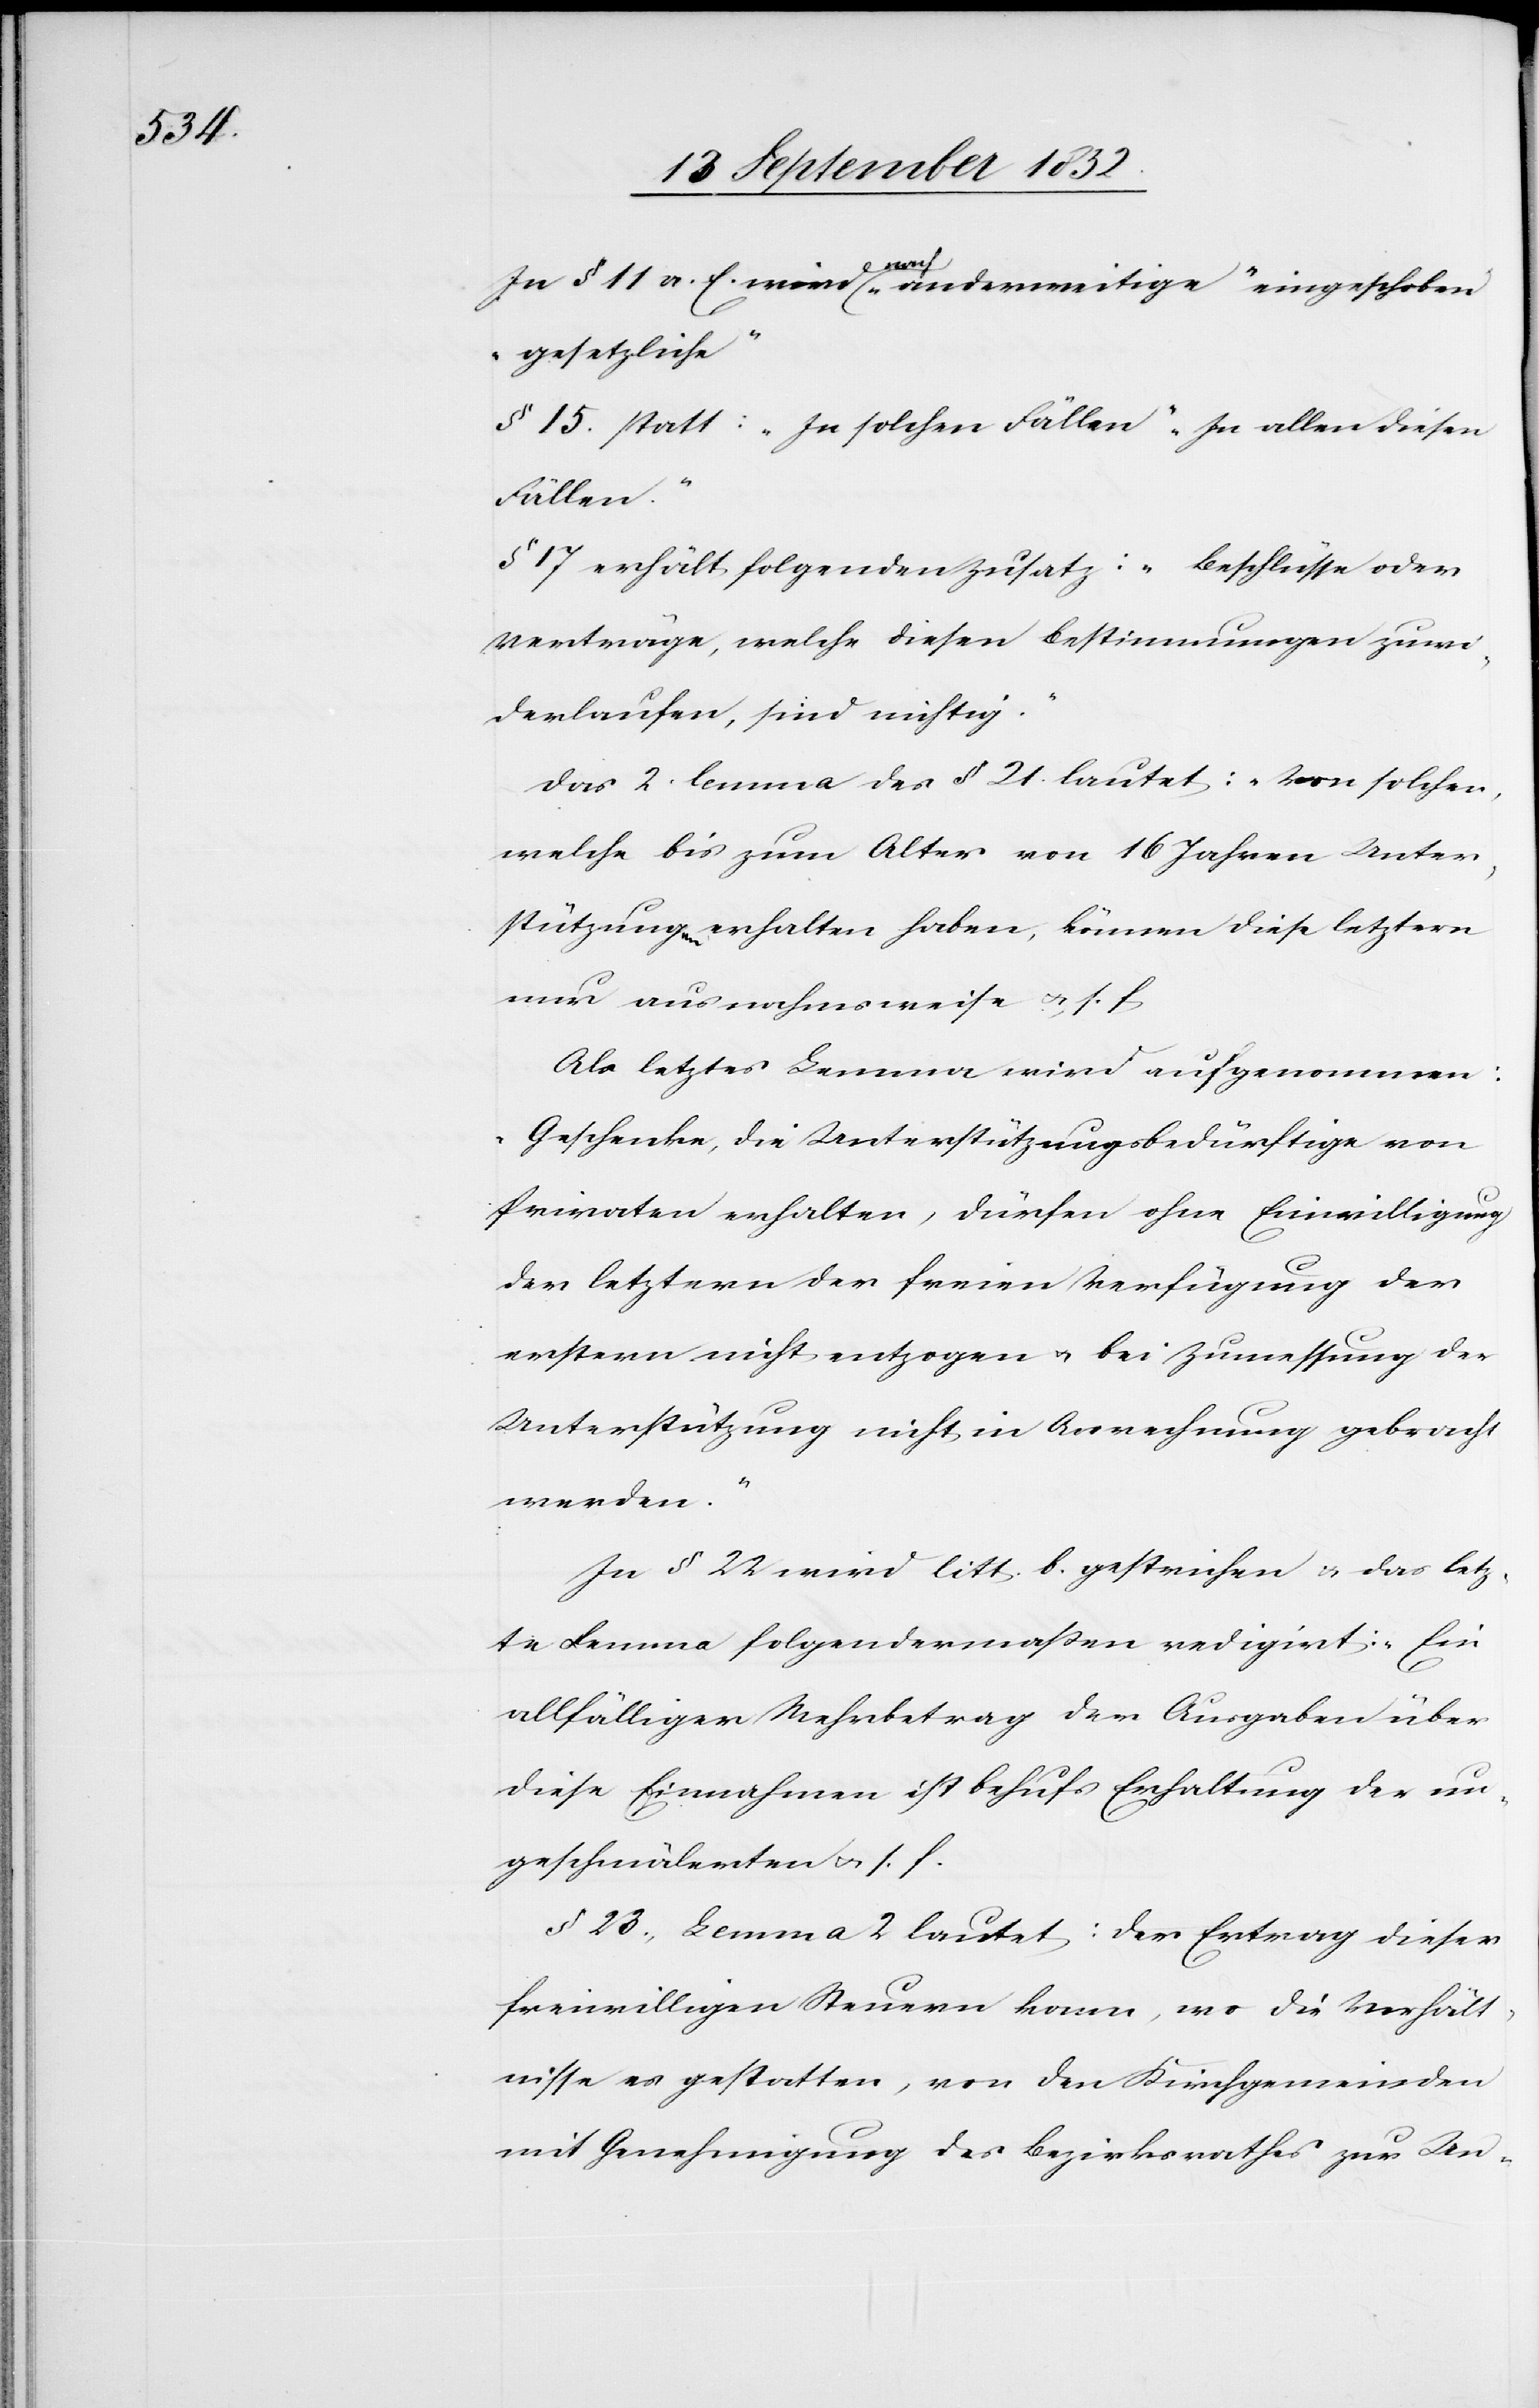
In § 11 a. E. wird nach „anderweitige“ eingeschoben
„gesetzliche“
§ 15. statt: „In solchen Fällen“ „In allen diesen
Fällen.“
§ 17 erhält folgenden Zusatz: „Beschlüsse oder
Verträge, welche diesen Bestimmungen zuwi¬
derlaufen, sind nichtig.“
Das 2. lemma des § 21. lautet: „Von solchen,
welche bis zum Alter von 16 Jahren Unter¬
stützungen erhalten haben, können diese letztern
nur ausnahmsweise & s. f[“]
Als letztes Lemma wird aufgenommen:
„Geschenke, die Unterstützungsbedürftige von
Privaten erhalten, dürfen ohne Einwilligung
der letztern der freien Verfügung der
erstern nicht entzogen & bei Zumeßung der
Unterstützung nicht in Anrechnung gebracht
werden.“
In § 22 wird litt. b. gestrichen & das letz¬
te Lemma folgendermaßen redigirt: „Ein
allfälliger Mehrbetrag der Ausgaben über
diese Einnahmen ist behufs Erhaltung der un¬
geschmälerten & s. f.[“]
§ 23., Lemma 2 lautet: Der Ertrag dieser
freiwilligen Steuern kann, wo die Verhält¬
nisse es gestatten, von den Kirchgemeinden
mit Genehmigung des Bezirksrathes zur Un-